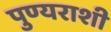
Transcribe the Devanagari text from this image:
पुण्यराशी